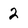
Character: 2